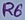
Text: R6